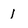
Character: l